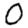
Digit: 0